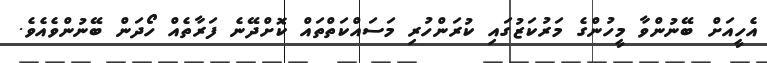
އެހީއަށް ބޭނުންވާ މީހުންގެ މަރުކަޒުގައި ކުރަންހުރި މަސައްކަތްތައް ކޮށްދޭނެ ފަރާތެއް ހޯދަން ބޭނުންވެއެވެ.